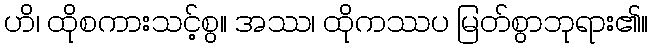
ဟိ၊ ထိုစကားသင့်စွ။ အဿ၊ ထိုကဿပ မြတ်စွာဘုရား၏။